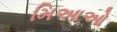
મિઆઓ